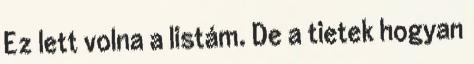
Ez lett volna a listám. De a tietek hogyan